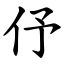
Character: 伃